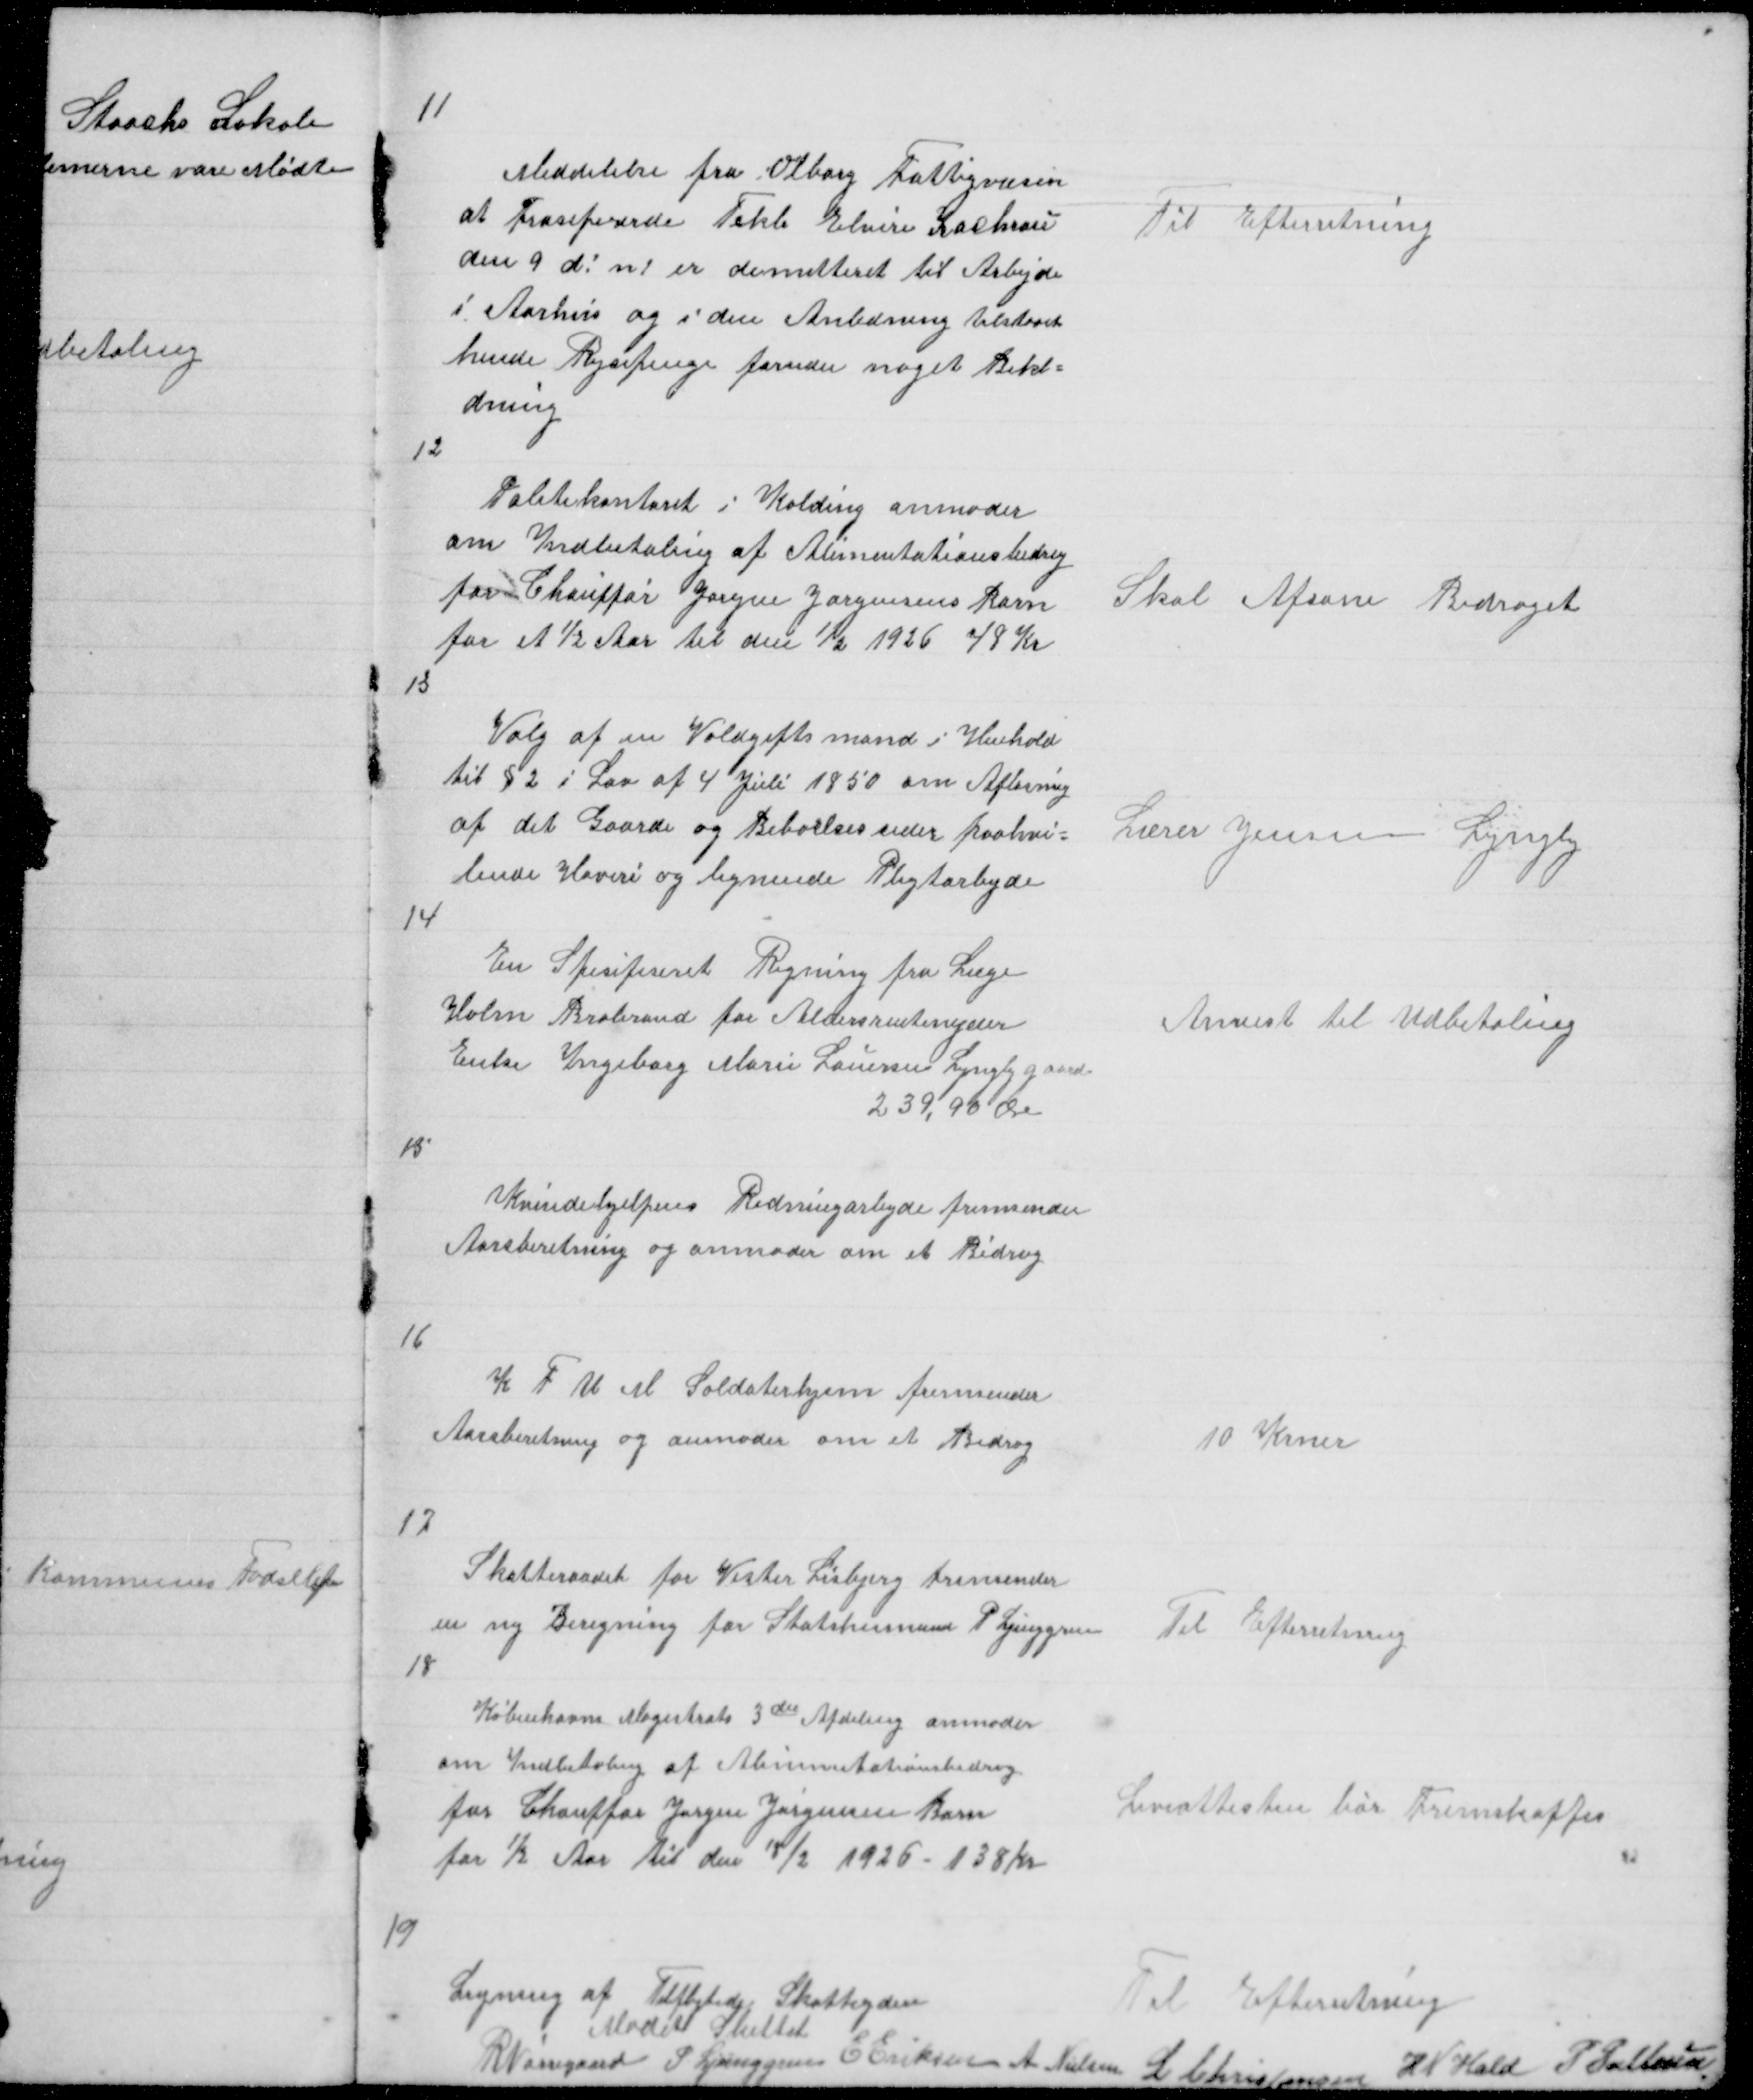
Transskription:
11

Meddelelse fra Viborg Fattigvæsen
at frasepererde Tekle Elvire Kachrau
den 9 d! n! er dimitteret til Arbejde
i Aarhus og i den Anledning tilstaaet
hende Rejsepenge foruden noget Bekl =
dning

Til Efterretning

12

Politikontoret i Kolding anmoder
om Indbetaling af Alimentationsbidrag
for Chauffør Jørgen Jørgensens Barn
for et ½ Aar til den 1/2 1926 48 Kr

Skal Afsone Bidraget

13

Valg af en Voldgiftamand i Henhold
til § 2 i Lov af 4 juli 1850 om Afløsning
at det Gaarde og Beboelsesseder paahvi =
lende Hoveri og lignende Pligtarbejde

Lærer Jensen Lyngby

14

En Spesifeseret Regning fra Læge
Holm Brabrand for Aldersrentenyder
Enke Ingeborg Marie Laursen Lyngbygaard
239,90 Øre

Anvist til Udbetaling

15

Kvindehjelpens Redningsarbejde fremsender
Aarsberetning og anmoder om et Bidrag

16

K F U M Soldaterhjem fremsender
Aarsberetning og anmoder om et Bidrag

10 Krner

17

Skatteraadet for Vester Lisbjerg fremsender
en ny Beregning for Statshusmand P Ljunggren

Til Efterretning

18

Københavns magistrats 3die Afdeling anmoder
om Indbetaling af Alimentationsbidrag
for Chauffør Jørgen Jørgensen Barn
for ½ Aar til den 18/2 1926 - 138 Kr

Leveattesten bør Fremskaffes

16

Ligning af Tilflytede Skatteydere
Til Efterretning
Mødet Sluttet
R Nørregaard P Ljunggren E Eriksen A Nielsen
L Christensen
H N Hald
P Pallesen